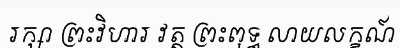
រក្សា ព្រះវិហារ វត្ត ព្រះពុទ្ធ លាយលក្ខណ៍